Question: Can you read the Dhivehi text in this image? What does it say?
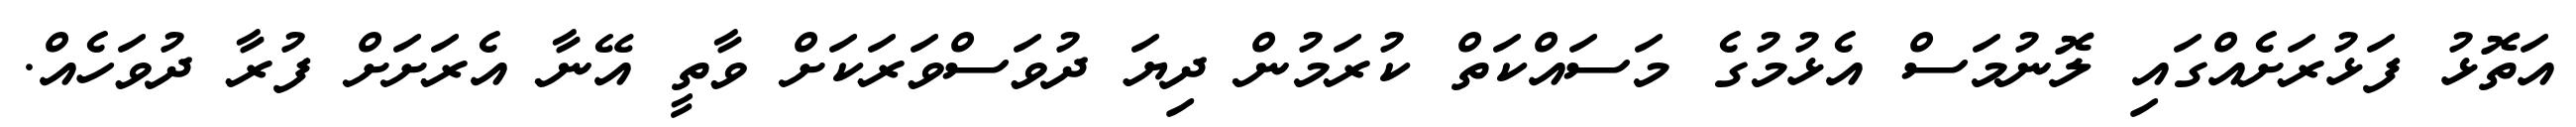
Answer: އަތޮޅު ފަޅުރަށެއްގައި ލޮނުމަސް އެޅުމުގެ މަސައްކަތް ކުރަމުން ދިޔަ ދުވަސްވަރަކަށް ވާތީ އޭނާ އެރަށަށް ފުރާ ދުވަހެއް.